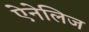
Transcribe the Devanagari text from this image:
ऐनेलिज